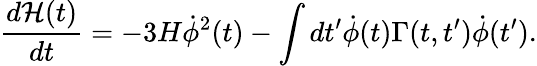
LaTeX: \frac{d{\cal H}(t)}{dt}=-3H{\dot{\phi}}^{2}(t)-\int dt^{\prime}{\dot{\phi}}(t)\Gamma(t,t^{\prime}){\dot{\phi}}(t^{\prime}).